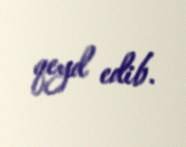
qeyd edib.